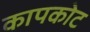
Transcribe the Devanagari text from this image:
कापकोट